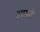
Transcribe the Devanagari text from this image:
उपरत्नो